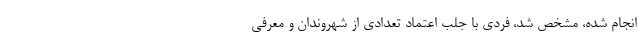
انجام شده، مشخص شد، فردی با جلب اعتماد تعدادی از شهروندان و معرفی